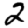
Digit: 2